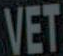
VET